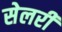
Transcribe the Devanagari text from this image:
सेलरी